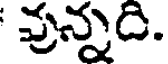
వున్నది.